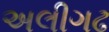
અલીગઢ